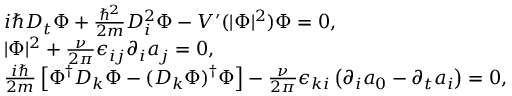
\begin{array} { r l } & { i \hbar D _ { t } \Phi + \frac { \hbar ^ { 2 } } { 2 m } D _ { i } ^ { 2 } \Phi - V ^ { \prime } ( | \Phi | ^ { 2 } ) \Phi = 0 , } \\ & { | \Phi | ^ { 2 } + \frac { \nu } { 2 \pi } \epsilon _ { i j } \partial _ { i } a _ { j } = 0 , } \\ & { \frac { i \hbar } { 2 m } \left[ \Phi ^ { \dagger } D _ { k } \Phi - ( D _ { k } \Phi ) ^ { \dagger } \Phi \right] - \frac { \nu } { 2 \pi } \epsilon _ { k i } \left( \partial _ { i } a _ { 0 } - \partial _ { t } a _ { i } \right) = 0 , } \end{array}